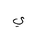
Letter: _ya